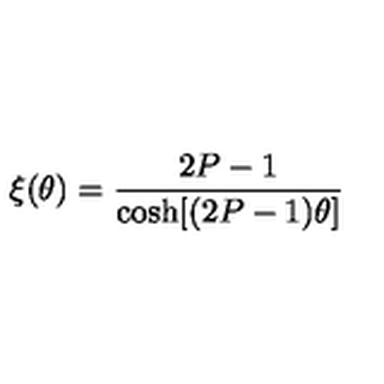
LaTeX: \xi ( \theta ) = \frac { 2 P - 1 } { \cosh [ ( 2 P - 1 ) \theta ] }